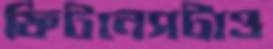
ফিটনেসটাও